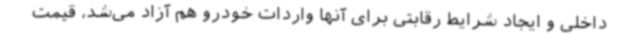
داخلی و ایجاد شرایط رقابتی برای آنها واردات خودرو هم آزاد می‌شد، قیمت